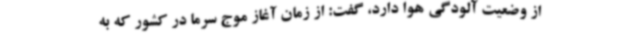
از وضعیت آلودگی هوا دارد، گفت: از زمان آغاز موج سرما در کشور که به